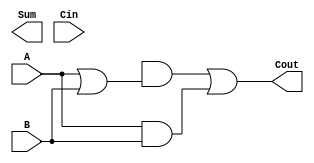
module full_adder(Sum, Cout, A, B, Cin);
    input A, B, Cin;
    output Sum, Cout;
    wire w1;
    xor xor1(w1, A, B);
    xor xor2(Sim, w1, C);

    wire w2, w3, w4;
    or or1(w2, A, B);
    and and1(w3, C, w2);
    and and2(w4, A, B);
    or or2(Cout, w3, w4);
endmodule